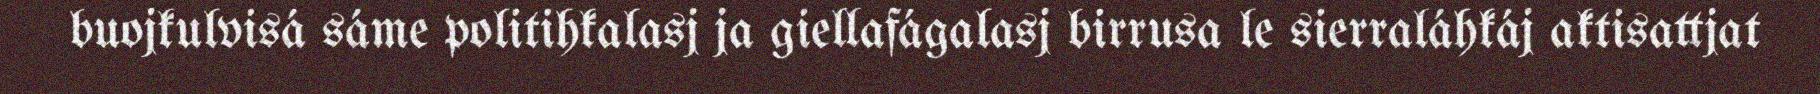
buojkulvisá sáme politihkalasj ja giellafágalasj birrusa le sierraláhkáj aktisattjat